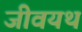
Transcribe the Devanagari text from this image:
जीवयथ